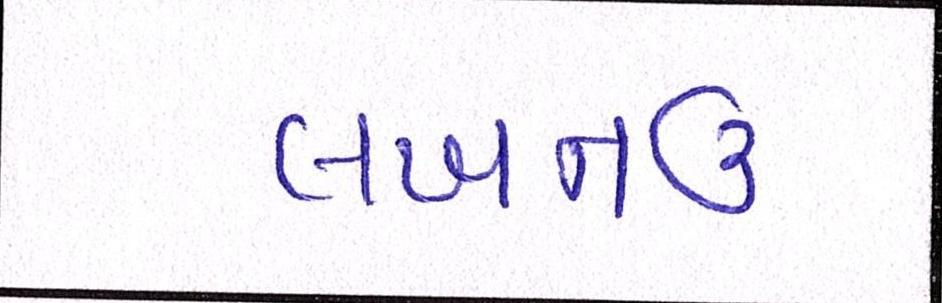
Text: લખનઉ